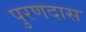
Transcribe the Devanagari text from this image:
पुरणदास